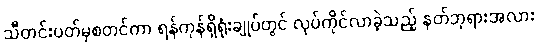
သီတင်းပတ်မှစတင်ကာ ရန်ကုန်ရှိရုံးချုပ်တွင် လုပ်ကိုင်လာခဲ့သည့် နတ်ဘုရားအလား